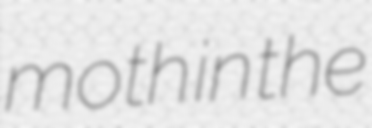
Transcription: moth in the